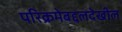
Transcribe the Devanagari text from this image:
परिक्रमेबद्दलदेखील